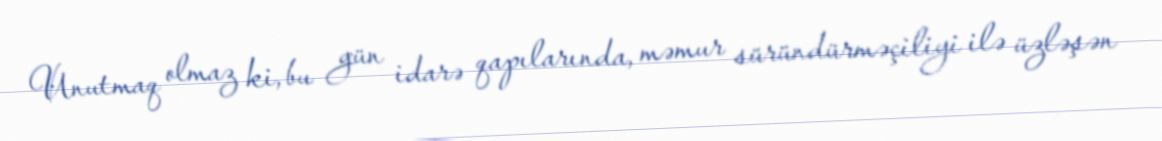
Unutmaq olmaz ki, bu gün idarə qapılarında, məmur süründürməçiliyi ilə üzləşən